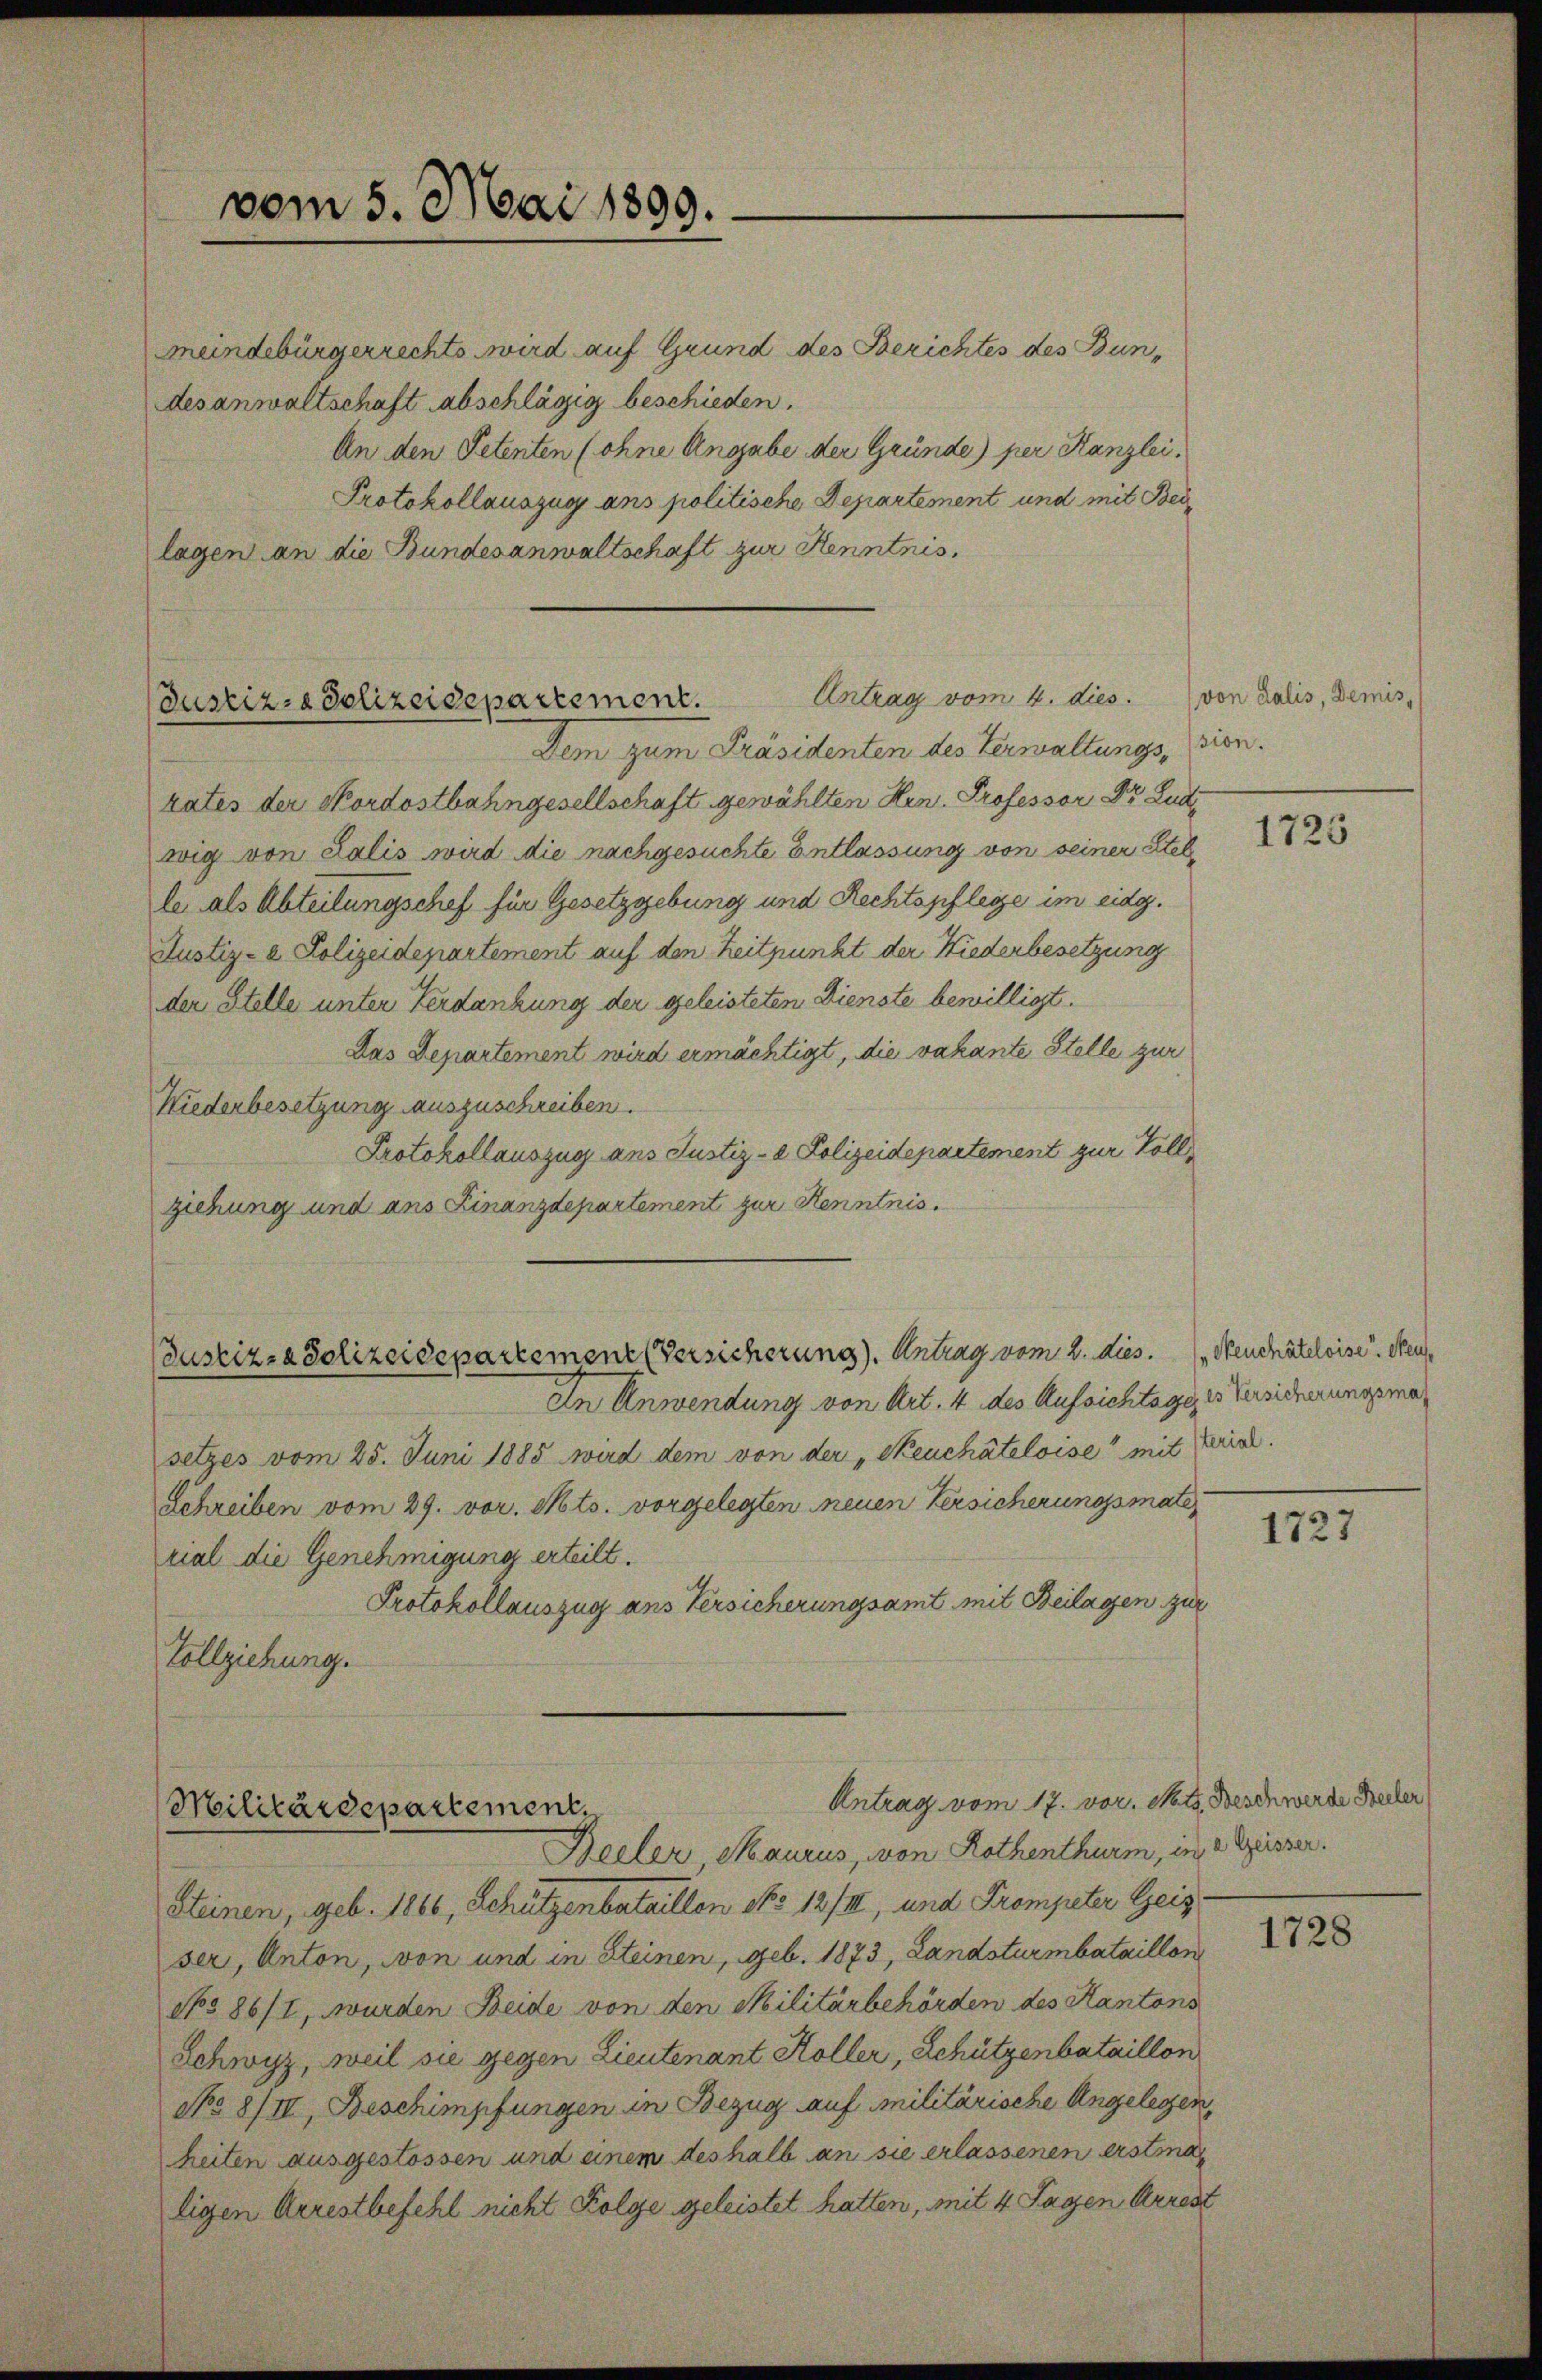
vom 5. Mai 1899.

Meindebürgerrechts wird auf Grund des Berichtes des Bundesanwaltschaft abschlägig beschieden.
An den Petenten (ohne Angabe der Gründe) per Kanzlei.
Protokollauszug ans politische Departement und mit Beilagen an die Bundesanwaltschaft zur Kenntnis.

Antrag vom 4. dies
Justiz-Polizeidepartement.

Dem zum Präsidenten des Verwaltungs, stienkates der Skordostbahngesellschaft gewählten Hrn. Professor Dr. Ludwig von Lalis wird die nachgesuchte Entlassung von seiner Stelle als Abteilungschef für Gesetzgebung und Rechtspflege im eidg.
Justiz- & Polizeidepartement auf den Zeitpunkt der Niederbesetzung
der Stelle unter Verdankung der geleisteten Dienste bewilligt.
Das Departement wird ermächtigt, die vakante Stelle zur
Niederbesetzung auszuschreiben.
Protokollauszug ans Justiz- & Polizeidepartement zur Voll
ziehung und ans Finanzdepartement zur Kenntnis.
Justiz- & Polizeidepartement (Versicherung). Antrag vom 2. dies. (Neuchâteloise. Neu¬
In Anwendung von Art. 4 des Aufsichtage, es Versicherungsmasetzes vom 25. Juni 1885 wird dem von der „Reuchâteloise mit Ferial.
Schreiben vom 29. vor. Mts. vorgelegten neuen Versicherungsmate
rial die Genehmigung erteilt.
Protokollauszug aus Versicherungsamt mit Beilagen zur
Vollziehung.

Antrag vom 17. vor. Mts. Beschwerde Beiler
Militärdepartement.
Beeler, Maurus, von Rothenthurm, in 2 Geisser.

(von Salis, Demis,

Steinen, geb. 1866, Schützenbataillon No 12/II, und Frompeter Geis
ser, Anton, von und in Steinen, geb. 1873, Landsturmbataillen
No 86/I, wurden Beide von den Militärbehörden des Kantons
Schwyz, weil sie gegen Lieutenant Koller, Schützenbataillon
No 8/II, Beschimpfungen in Bezug auf militärische Angelegen,
heiten ausgestossen und einem deshalb an sie erlassenen erstra
ligen Arrestbefehl nicht Folge geleistet hatten, mit 4 Tagen Arrest

1725

1727

1728